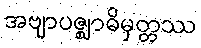
အဗျာပဇ္ဈာဓိမှတ္တဿ